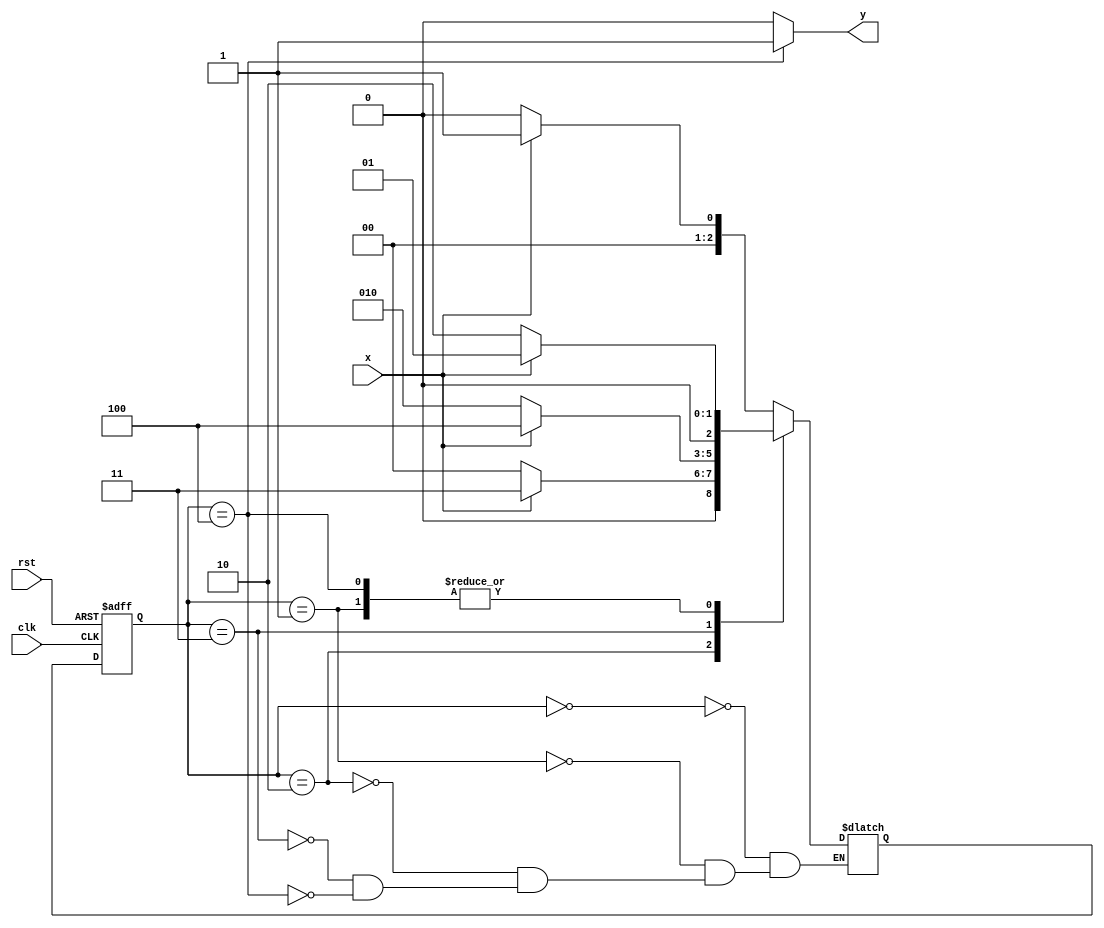
module moore1011 (
input clk,rst,x,
output y);

parameter s0=3'b000,s1=3'b001,s2=3'b010,s3=3'b011,s4=3'b100;
reg [2:0]cs,ns;
always @(posedge clk or negedge rst)
begin
if (rst == 0) cs<=s0;
else          cs<=ns;
end
always @(x or cs)
begin
case(cs)
s0:begin
   if(x==1)  ns=s1;
   else      ns=s0;
   end
s1:begin
   if(x==0)  ns=s2;
   else      ns=s1;
   end
s2:begin
   if(x==1)  ns=s3;
   else      ns=s0;
   end
s3:begin
   if(x==1)  ns=s4;
   else      ns=s2;
   end
s4:begin
   if(x==0)  ns=s2;
   else      ns=s1;
   end
endcase
end

assign y= (cs==s4)?1:0;

endmodule